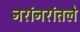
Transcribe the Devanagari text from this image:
नरांनरांतले